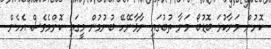
ކޮށުން މަނާކުޅަ ބޮޑުބޯ މަނާ ތުބުގައި ނާޅާނޭހޭ ބުނުމުން މީގައި ކޮންމެވެސް އެހެން